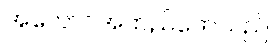
အကောင်အထည်ဖော်သည်